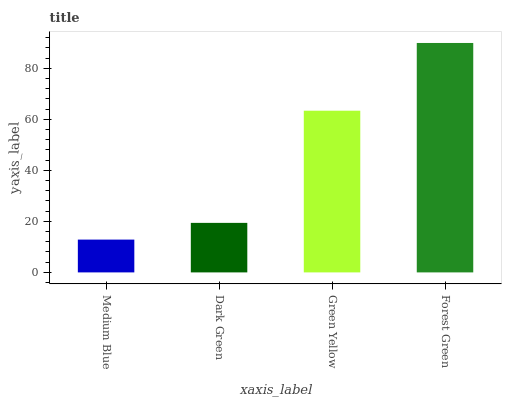
| xaxis_label | bars |
 | --- | --- |
 | Medium Blue | 12.9 |
 | Dark Green | 19.4 |
 | Green Yellow | 63.4 |
 | Forest Green | 89.9 |